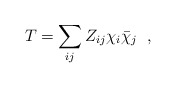
\begin{align*}T = \sum_{ij} Z_{ij}\chi_{i} \bar{\chi}_{j} \;\; ,\end{align*}